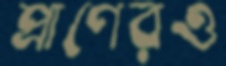
প্রাণেরও